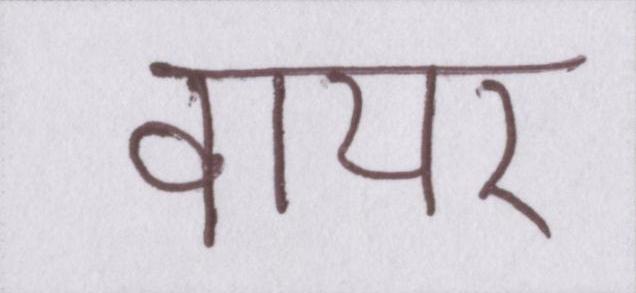
वायर